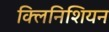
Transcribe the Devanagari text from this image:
क्लिनिशियन